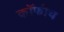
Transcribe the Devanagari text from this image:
कॉफीच